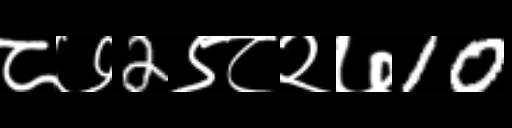
Text: ८७2९८२७10